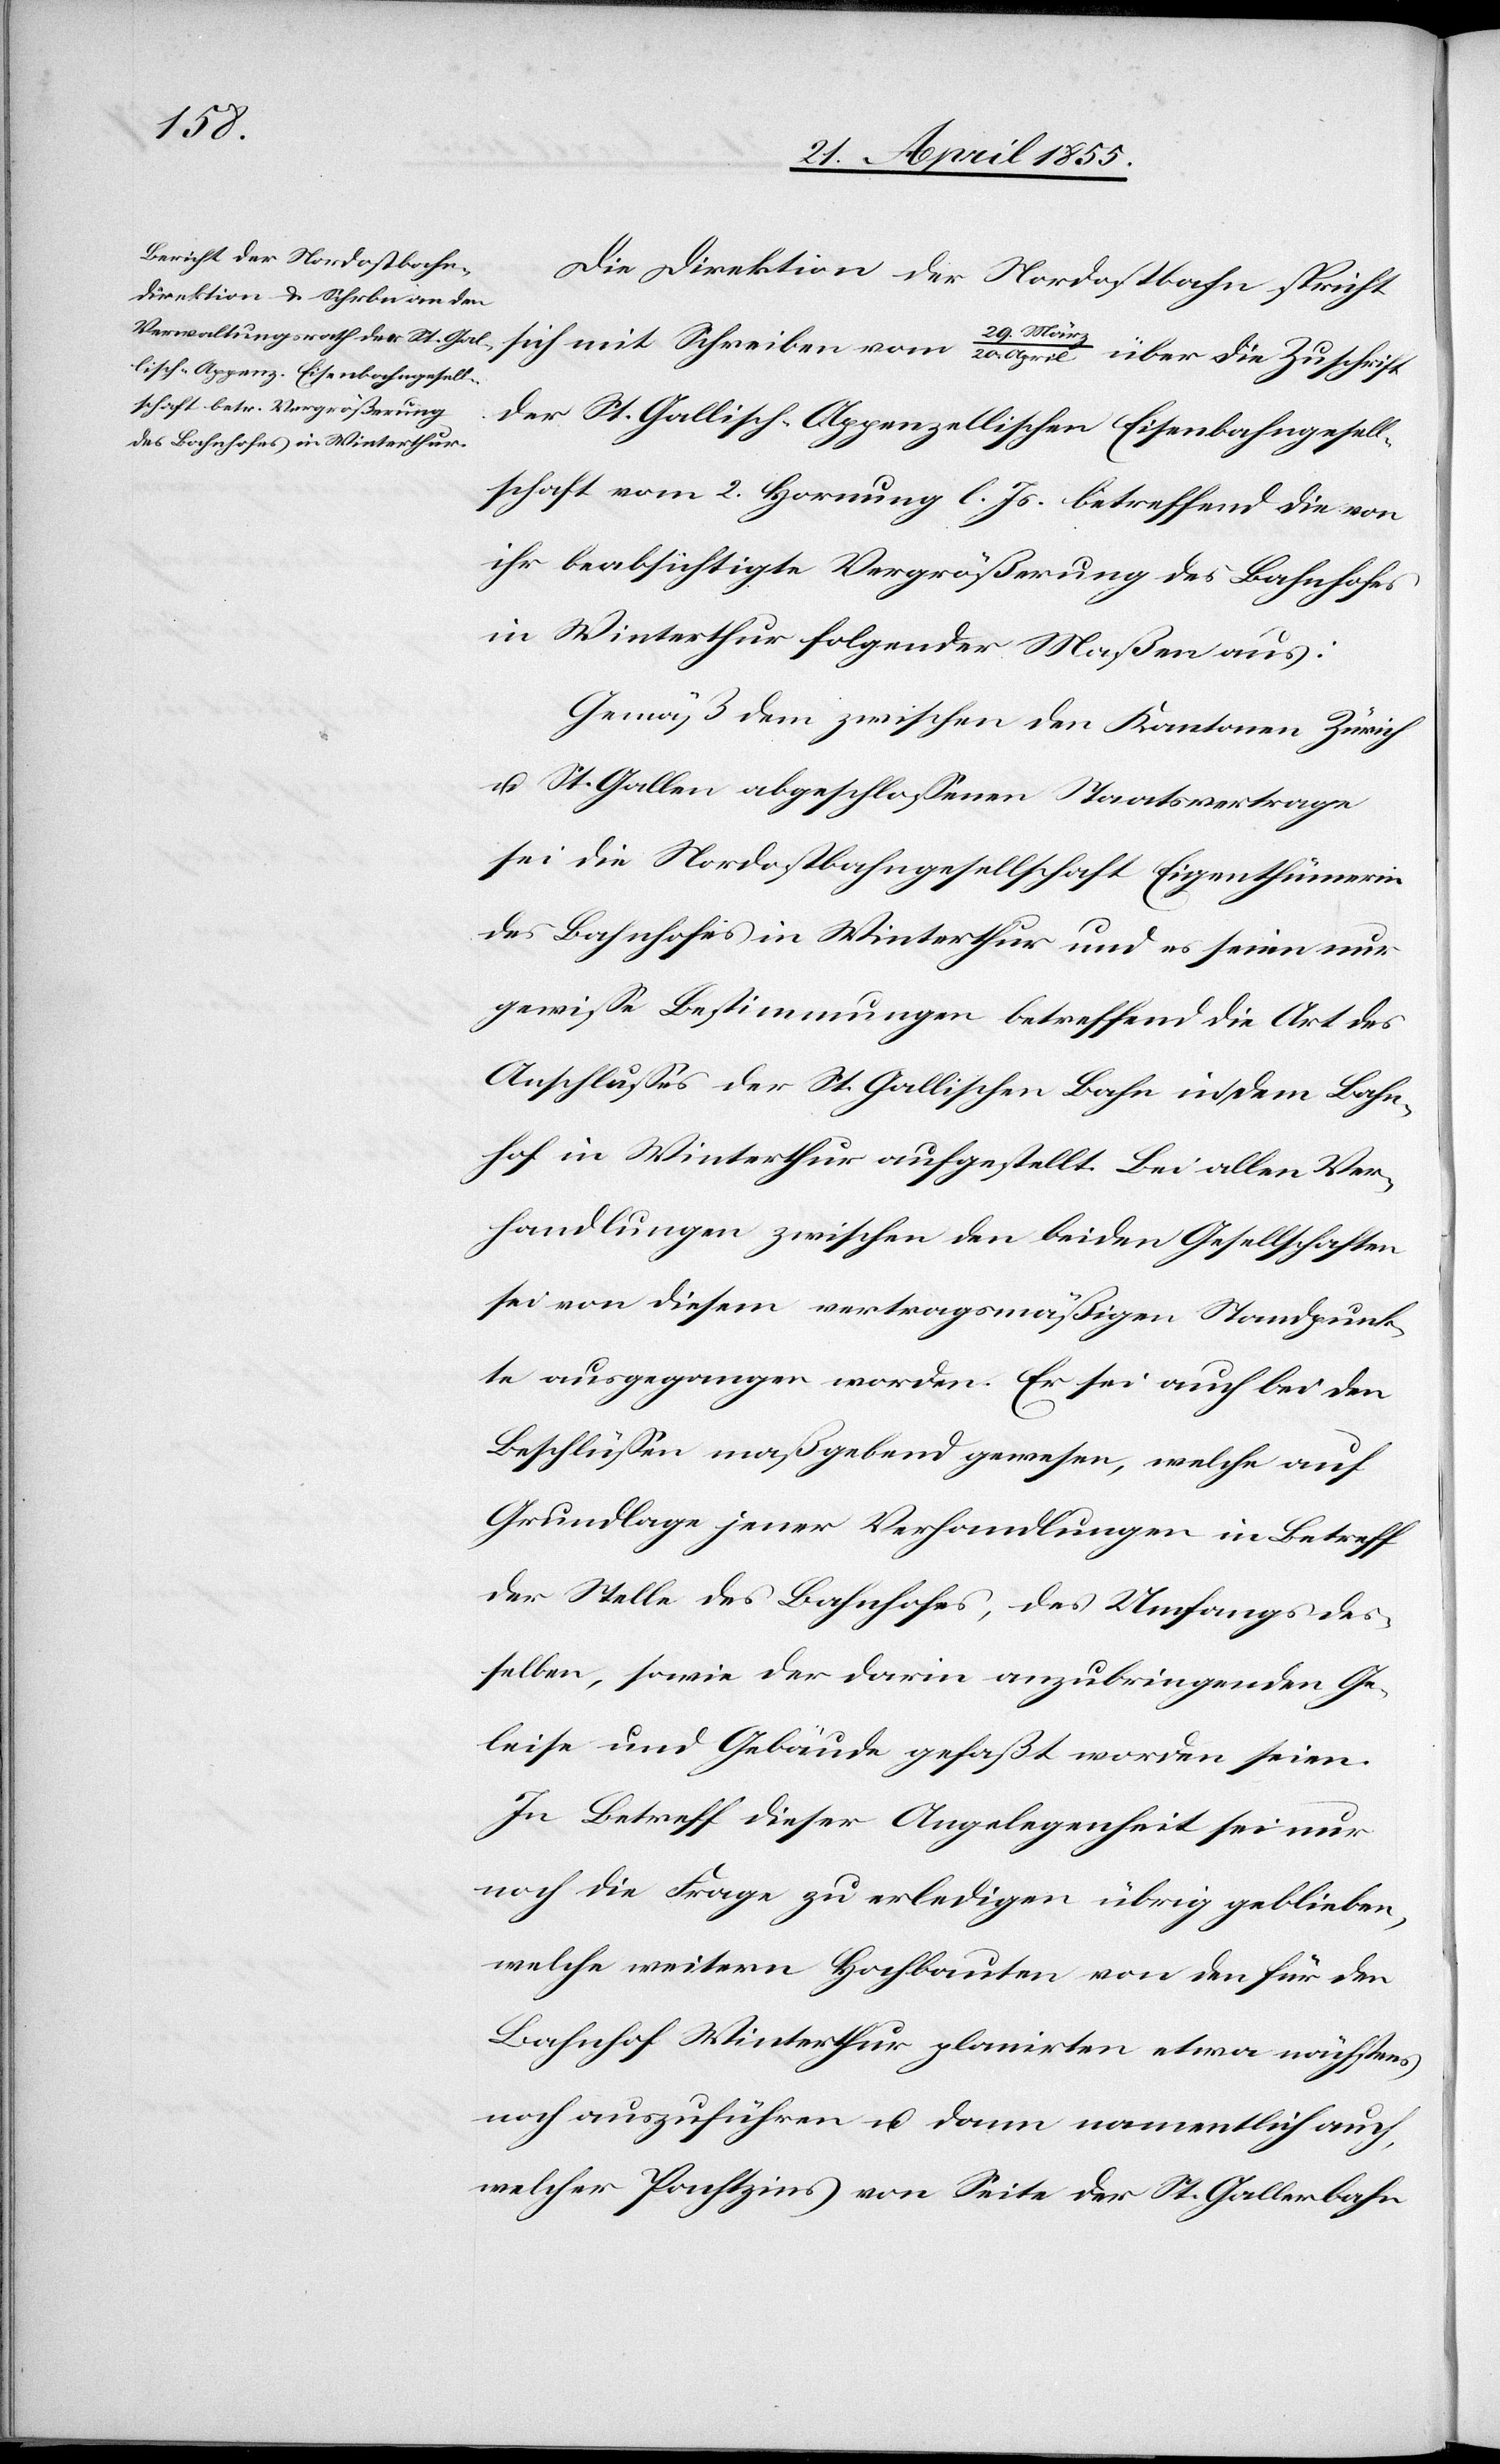
Die Direktion der Nordostbahn spricht
sich mit Schreiben vom 29. März / 20. April über die Zuschrift
der St. Gallisch-Appenzellischen Eisenbahngesell¬
schaft vom 2. Hornung l. Js. betreffend die von
ihr beabsichtigte Vergrößerung des Bahnhofes
in Winterthur folgender Maßen aus:
Gemäß dem zwischen den Kantonen Zürich
u. St. Gallen abgeschlossenen Staatsvertrage
sei die Nordostbahngesellschaft Eigenthümerin
des Bahnhofes in Winterthur und es seien nur
gewisse Bestimmungen betreffend die Art des
Anschlusses der St. Gallischen Bahn in dem Bahn¬
hof in Winterthur aufgestellt. Bei allen Ver¬
handlungen zwischen den beiden Gesellschaften
sei von diesem vertragsmäßigen Standpunk¬
te ausgegangen worden. Er sei auch bei den
Beschlüssen maßgebend gewesen, welche auf
Grundlage jener Verhandlungen in Betreff
der Stelle des Bahnhofes, des Umfangs des¬
selben, sowie der darin anzubringenden Ge¬
leise und Gebäude gefaßt worden seien.
In Betreff dieser Angelegenheit sei nur
noch die Frage zu erledigen übrig geblieben,
welche weitern Hochbauten von den für den
Bahnhof Winterthur planirten etwa nächstens
noch auszuführen u. dann namentlich auch,
welcher Pachtzins von Seite der St. Gallerbahn